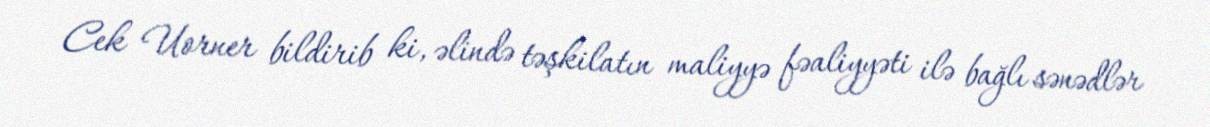
Cek Uorner bildirib ki, əlində təşkilatın maliyyə fəaliyyəti ilə bağlı sənədlər